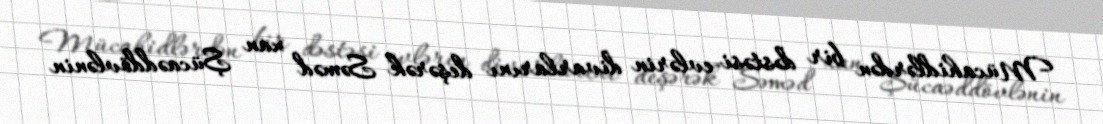
Mücahidlərdən bir dəstəsi evlərin divarlarını deşərək Səməd xan Şücaəddövlənin